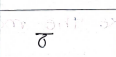
मजकूर: ढ